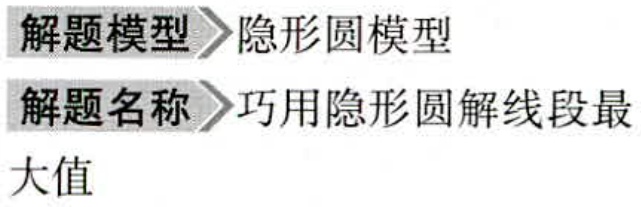
\begin{center}

  \textbf{解题模型} \(\rhd\) 隐形圆模型 \\

  \textbf{解题名称} \(\rhd\) 巧用隐形圆解线段最

  大值

\end{center}